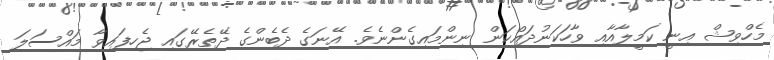
މެހްވިޝް އިނީ ކަމީލާއާއި ވާހަކަނުދައްކަން ނިންމައިގެންނެވެ. އޭނަގެ ދެބެންގެ ދޭތެރޭގައި ޖެހިފައިވާ މައްސަލަ